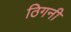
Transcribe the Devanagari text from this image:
ठिगनी